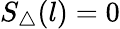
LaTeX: S_{\triangle}(l)=0